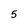
Character: 5